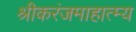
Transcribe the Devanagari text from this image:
श्रीकरंजमाहात्म्य